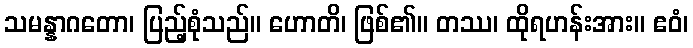
သမန္နာဂတော၊ ပြည့်စုံသည်။ ဟောတိ၊ ဖြစ်၏။ တဿ၊ ထိုရဟန်းအား။ ဧဝံ၊